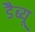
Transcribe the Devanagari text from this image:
डैब्यू